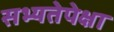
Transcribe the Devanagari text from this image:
सभ्यतेपेक्षा